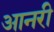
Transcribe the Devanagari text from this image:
आनरी